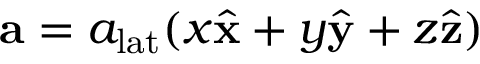
\mathbf { a } = a _ { \mathrm { l a t } } ( x \hat { \mathbf { x } } + y \hat { \mathbf { y } } + z \hat { \mathbf { z } } )